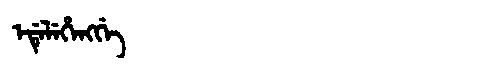
Manchu: ᡝᡩᡝᠯᡝᡥᡝᠩᡤᡝ
Romanization: EDELEHENGGE